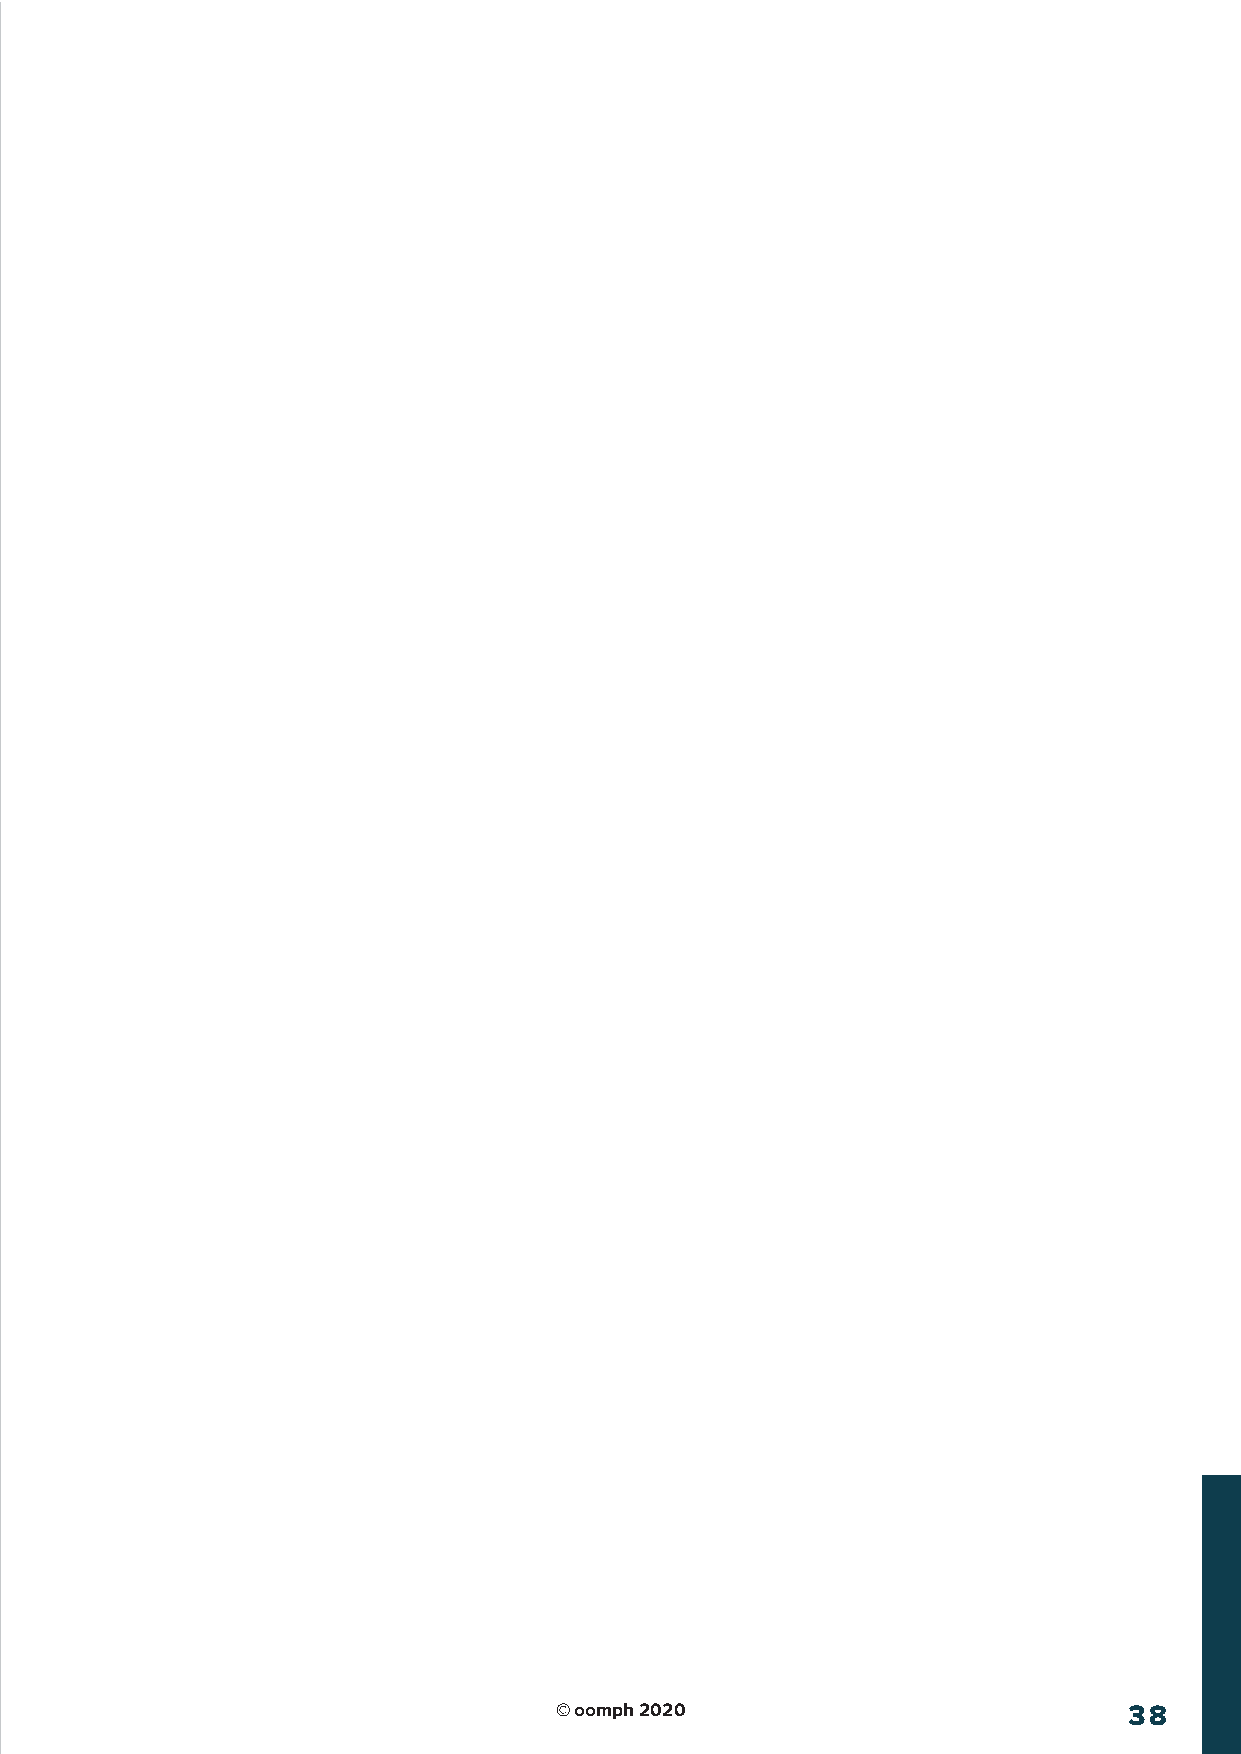
© oomph 2020                          38